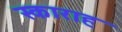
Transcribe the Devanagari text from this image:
स्काराह